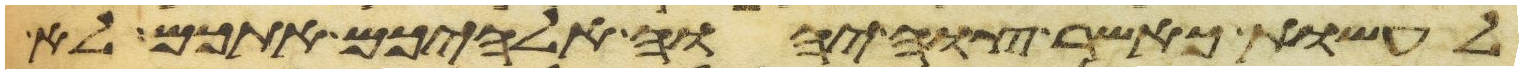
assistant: לעשות כאשר צוה יהוה אלהיכם אתכם לא